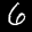
Label: 6